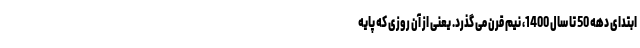
ابتدای دهه 50 تا سال 1400، نیم قرن می گذرد. یعنی از آن روزی که پایه